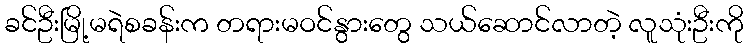
ခင်ဦးမြို့မရဲစခန်းက တရားမဝင်နွားတွေ သယ်ဆောင်လာတဲ့ လူသုံးဦးကို